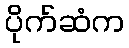
ပိုက်ဆံက